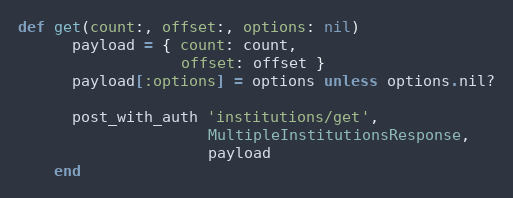
Language: Ruby
def get(count:, offset:, options: nil)
      payload = { count: count,
                  offset: offset }
      payload[:options] = options unless options.nil?

      post_with_auth 'institutions/get',
                     MultipleInstitutionsResponse,
                     payload
    end